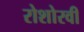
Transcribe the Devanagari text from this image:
रोशोरवी